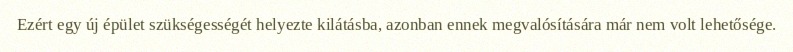
Ezért egy új épület szükségességét helyezte kilátásba, azonban ennek megvalósítására már nem volt lehetősége.